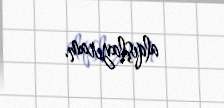
alqışlayıram.